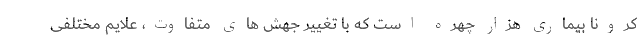
کرونا بیماری هزار چهره است که با تغییر جهش های متفاوت، علایم مختلفی